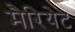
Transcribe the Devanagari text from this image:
मैरियेट